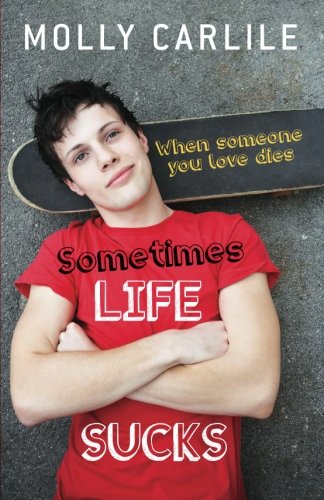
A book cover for Sometimes Life Sucks: When Someone You Love Dies; Molly Carlile; Teen & Young Adult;